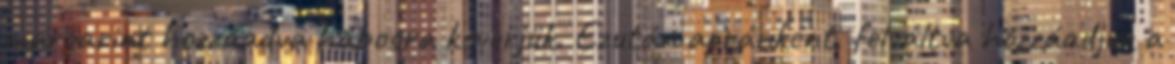
margarint hozzáadva habosra keverjük. Ezután apránként, felváltva hozzáadjuk a